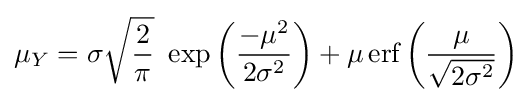
\mu _{Y}=\sigma {\sqrt {\frac {2}{\pi }}}\,\,\exp \left({\frac {-\mu ^{2}}{2\sigma ^{2}}}\right)+\mu \,{\mbox{erf}}\left({\frac {\mu }{\sqrt {2\sigma ^{2}}}}\right)